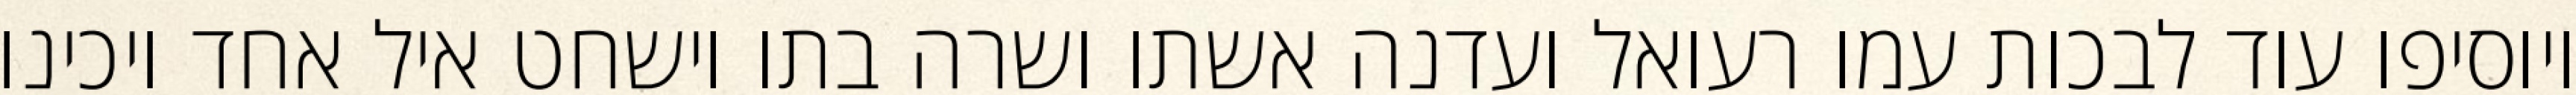
ויוסיפו עוד לבכות עמו רעואל ועדנה אשתו ושרה בתו וישחט איל אחד ויכינו